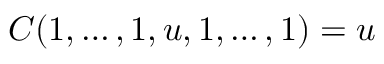
C ( 1 , \dots , 1 , u , 1 , \dots , 1 ) = u